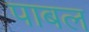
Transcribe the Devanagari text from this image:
पाबल